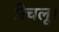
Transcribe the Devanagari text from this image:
रिचलू।